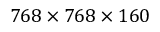
7 6 8 \times 7 6 8 \times 1 6 0